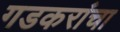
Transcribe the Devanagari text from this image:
गडकरांचा